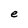
Character: e